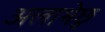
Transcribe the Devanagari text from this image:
अलाभेछु